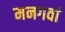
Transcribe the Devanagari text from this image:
मनगवां